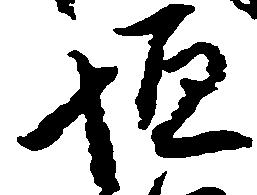
垣